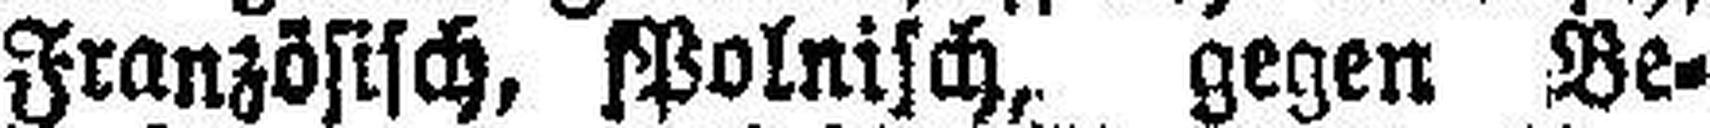
Französisch, Polnisch, gegen Be¬